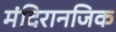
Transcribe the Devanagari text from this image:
मंदिरानजिक